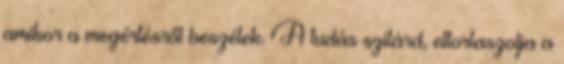
amikor a megértésről beszélek. A tudás szilárd, eltorlaszolja a